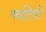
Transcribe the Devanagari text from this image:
व्यतियों